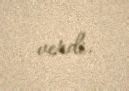
verdi.